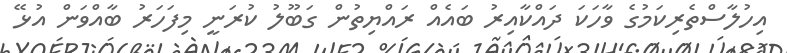
އިހުލާސްތެރިކަމުގެ ވާހަކަ ދައްކާއިރު ބައެއް ރައްޔިތުން ގަބޫލު ކުރަނީ މިފަހަރު ބާއްވަން އުޅޭ